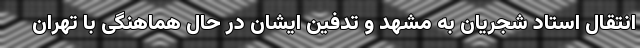
انتقال استاد شجریان به مشهد و تدفین ایشان در حال هماهنگی با تهران